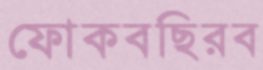
ফোকবছিরব